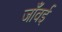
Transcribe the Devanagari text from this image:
जाँवई